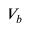
V _ { b }